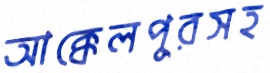
আক্কেলপুরসহ